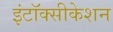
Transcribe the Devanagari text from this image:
इंटॉक्सीकेशन